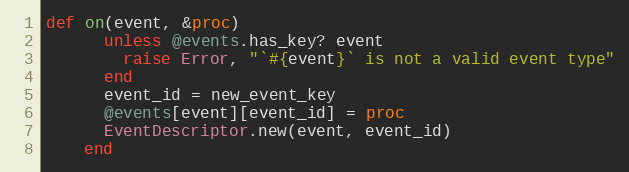
Language: Ruby
def on(event, &proc)
      unless @events.has_key? event
        raise Error, "`#{event}` is not a valid event type"
      end
      event_id = new_event_key
      @events[event][event_id] = proc
      EventDescriptor.new(event, event_id)
    end